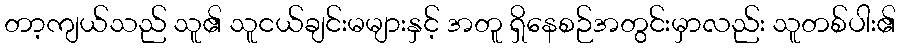
တာ့ကျယ်သည် သူ၏ သူငယ်ချင်းမများနှင့် အတူ ရှိနေစဉ်အတွင်းမှာလည်း သူတစ်ပါး၏